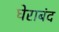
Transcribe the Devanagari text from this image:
घेराबंद